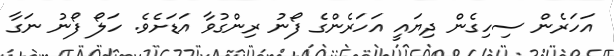
އަހަރެން ސިހިގެން ދިޔައީ އަހަރެންގެ ފޯނު ރިންގުވާ އަޑަށެވެ. ހަލޯ ފޯނު ނަގާ